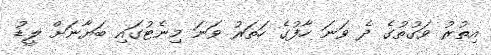
އިތުރު ވަގުތުގެ ދެ ވަނަ ހާފުގެ ހަތަރު ވަނަ މިނެޓުގައި ބަޔާނަށް ލީޑު